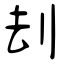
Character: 刦